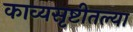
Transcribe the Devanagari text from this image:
काव्यसृष्टीतल्या